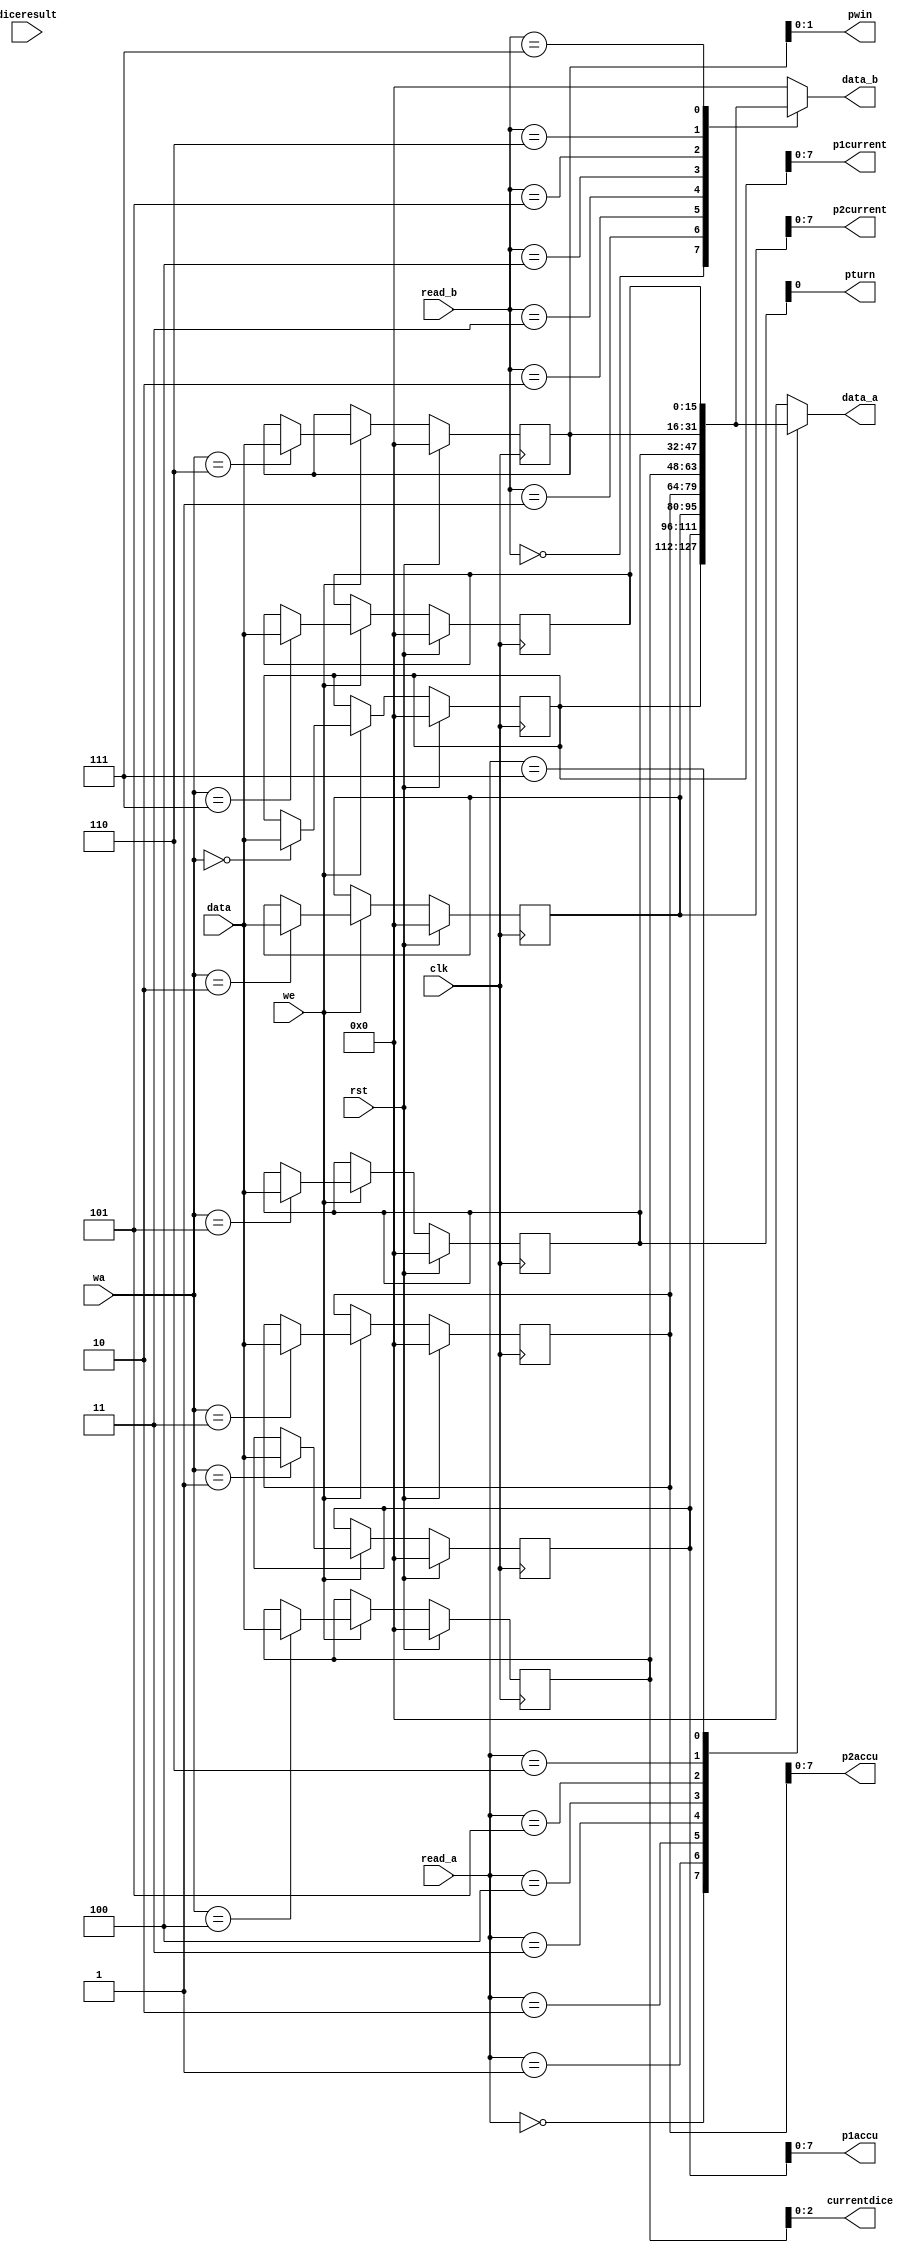
/*
   This file was generated automatically by Alchitry Labs version 1.2.7.
   Do not edit this file directly. Instead edit the original Lucid source.
   This is a temporary file and any changes made to it will be destroyed.
*/

module regfile_11 (
    input clk,
    input rst,
    input [3:0] wa,
    input we,
    input [15:0] data,
    input [3:0] read_a,
    input [3:0] read_b,
    input [2:0] diceresult,
    output reg [15:0] data_a,
    output reg [15:0] data_b,
    output reg [0:0] pturn,
    output reg [1:0] pwin,
    output reg [7:0] p1current,
    output reg [7:0] p1accu,
    output reg [7:0] p2current,
    output reg [7:0] p2accu,
    output reg [2:0] currentdice
  );
  
  
  
  reg [15:0] M_st_p1curr_d, M_st_p1curr_q = 1'h0;
  reg [15:0] M_st_p1acc_d, M_st_p1acc_q = 1'h0;
  reg [15:0] M_st_p2curr_d, M_st_p2curr_q = 1'h0;
  reg [15:0] M_st_p2acc_d, M_st_p2acc_q = 1'h0;
  reg [15:0] M_st_currdice_d, M_st_currdice_q = 1'h0;
  reg [15:0] M_st_turn_d, M_st_turn_q = 1'h0;
  reg [15:0] M_st_win_d, M_st_win_q = 1'h0;
  reg [15:0] M_temp_d, M_temp_q = 1'h0;
  
  always @* begin
    M_st_win_d = M_st_win_q;
    M_temp_d = M_temp_q;
    M_st_currdice_d = M_st_currdice_q;
    M_st_turn_d = M_st_turn_q;
    M_st_p2curr_d = M_st_p2curr_q;
    M_st_p1curr_d = M_st_p1curr_q;
    M_st_p2acc_d = M_st_p2acc_q;
    M_st_p1acc_d = M_st_p1acc_q;
    
    if (we) begin
      
      case (wa)
        4'h0: begin
          M_st_p1curr_d = data;
        end
        4'h1: begin
          M_st_p1acc_d = data;
        end
        4'h2: begin
          M_st_p2curr_d = data;
        end
        4'h3: begin
          M_st_p2acc_d = data;
        end
        4'h4: begin
          M_st_currdice_d = data;
        end
        4'h5: begin
          M_st_turn_d = data;
        end
        4'h6: begin
          M_st_win_d = data;
        end
        4'h7: begin
          M_temp_d = data;
        end
      endcase
    end
    
    case (read_a)
      4'h0: begin
        data_a = M_st_p1curr_q;
      end
      4'h1: begin
        data_a = M_st_p1acc_q;
      end
      4'h2: begin
        data_a = M_st_p2curr_q;
      end
      4'h3: begin
        data_a = M_st_p2acc_q;
      end
      4'h4: begin
        data_a = M_st_currdice_q;
      end
      4'h5: begin
        data_a = M_st_turn_q;
      end
      4'h6: begin
        data_a = M_st_win_q;
      end
      4'h7: begin
        data_a = M_temp_q;
      end
      default: begin
        data_a = 1'h0;
      end
    endcase
    
    case (read_b)
      4'h0: begin
        data_b = M_st_p1curr_q;
      end
      4'h1: begin
        data_b = M_st_p1acc_q;
      end
      4'h2: begin
        data_b = M_st_p2curr_q;
      end
      4'h3: begin
        data_b = M_st_p2acc_q;
      end
      4'h4: begin
        data_b = M_st_currdice_q;
      end
      4'h5: begin
        data_b = M_st_turn_q;
      end
      4'h6: begin
        data_b = M_st_win_q;
      end
      4'h7: begin
        data_b = M_temp_q;
      end
      default: begin
        data_b = 1'h0;
      end
    endcase
    pturn = M_st_turn_q;
    pwin = M_st_win_q;
    p1current = M_st_p1curr_q;
    p1accu = M_st_p1acc_q;
    p2current = M_st_p2curr_q;
    p2accu = M_st_p2acc_q;
    currentdice = M_st_currdice_q;
  end
  
  always @(posedge clk) begin
    if (rst == 1'b1) begin
      M_st_p1curr_q <= 1'h0;
      M_st_p1acc_q <= 1'h0;
      M_st_p2curr_q <= 1'h0;
      M_st_p2acc_q <= 1'h0;
      M_st_currdice_q <= 1'h0;
      M_st_turn_q <= 1'h0;
      M_st_win_q <= 1'h0;
      M_temp_q <= 1'h0;
    end else begin
      M_st_p1curr_q <= M_st_p1curr_d;
      M_st_p1acc_q <= M_st_p1acc_d;
      M_st_p2curr_q <= M_st_p2curr_d;
      M_st_p2acc_q <= M_st_p2acc_d;
      M_st_currdice_q <= M_st_currdice_d;
      M_st_turn_q <= M_st_turn_d;
      M_st_win_q <= M_st_win_d;
      M_temp_q <= M_temp_d;
    end
  end
  
endmodule